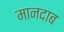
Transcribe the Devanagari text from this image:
मानदाब